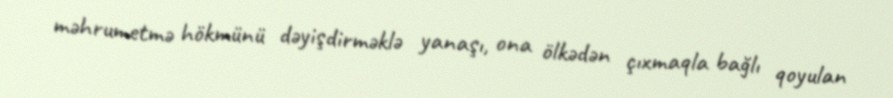
məhrumetmə hökmünü dəyişdirməklə yanaşı, ona ölkədən çıxmaqla bağlı qoyulan